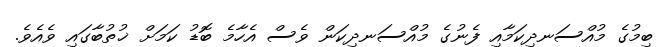
ބިމުގެ މުއްސަނދިކަމާއި ފެނުގެ މުއްސަނދިކަން ވެސް އެހާމެ ބޮޑު ކަމަށް ޚުތުބާގައި ވެއެވެ.